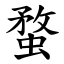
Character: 蝥